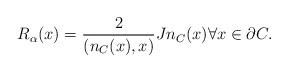
LaTeX: \begin{align*}R_{\alpha}(x) = \frac{2}{(n_C(x),x)} J n_C (x) \forall x\in \partial C.\end{align*}